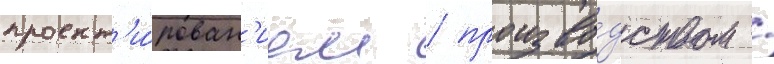
проект'и́рован'ием / произво́дством /